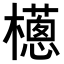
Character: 𣞷